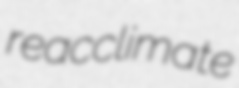
reacclimate